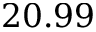
2 0 . 9 9